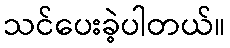
သင်ပေးခဲ့ပါတယ်။